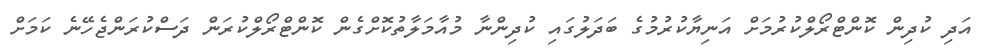
އަދި ކުދިން ކޮންޓްރޯލްކުރުމަށް އަނިޔާކުރުމުގެ ބަދަލުގައި ކުދިންނާ މުއާމަލާތުކޮށްގެން ކޮންޓްރޯލްކުރަން ދަސްކުރަންޖެހޭނެ ކަމަށް